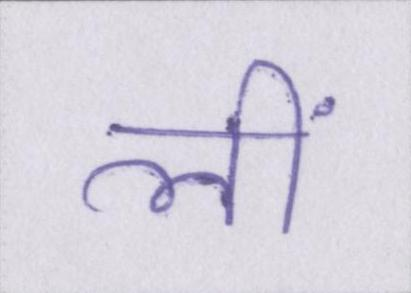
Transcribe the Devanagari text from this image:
लीं